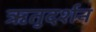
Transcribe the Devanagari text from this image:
ऋतुदर्शन